Indian journal of veterinary science and animal husbandry - Volumes 18-21, 1948-1951
Year: 1948
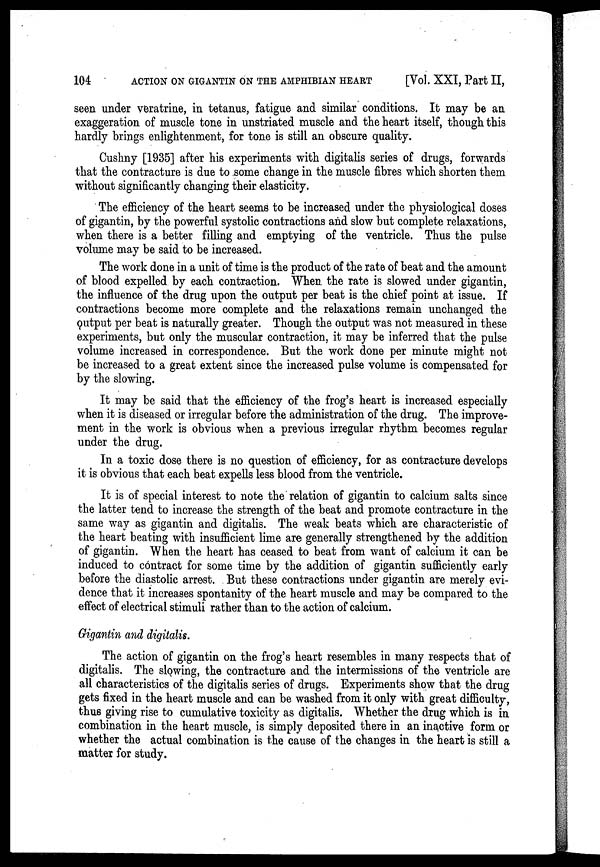
104
ACTION ON GIGANTIN ON THE AMPHIBIAN HEART
[Vol. XXI, Part II,
seen under veratrine, in tetanus, fatigue and similar conditions. It may be an
exaggeration of muscle tone in unstriated muscle and the heart itself, though this
hardly brings enlightenment, for tone is still an obscure quality.
Cushny [1935] after his experiments with digitalis series of drugs, forwards
that the contracture is due to some change in the muscle fibres which shorten them
without significantly changing their elasticity.
The efficiency of the heart seems to be increased under the physiological doses
of gigantin, by the powerful systolic contractions and slow but complete relaxations,
when there is a better filling and emptying of the ventricle. Thus the pulse
volume may be said to be increased.
The work done in a unit of time is the product of the rate of beat and the amount
of blood expelled by each contraction. When the rate is slowed under gigantin,
the influence of the drug upon the output per beat is the chief point at issue. If
contractions become more complete and the relaxations remain unchanged the
output per beat is naturally greater. Though the output was not measured in these
experiments, but only the muscular contraction, it may be inferred that the pulse
volume increased in correspondence. But the work done per minute might not
be increased to a great extent since the increased pulse volume is compensated for
by the slowing.
It may be said that the efficiency of the frog's heart is increased especially
when it is diseased or irregular before the administration of the drug. The improve-
ment in the work is obvious when a previous irregular rhythm becomes regular
under the drug.
In a toxic dose there is no question of efficiency, for as contracture develops
it is obvious that each beat expells less blood from the ventricle.
It is of special interest to note the relation of gigantin to calcium salts since
the latter tend to increase the strength of the beat and promote contracture in the
same way as gigantin and digitalis. The weak beats which are characteristic of
the heart beating with insufficient lime are generally strengthened by the addition
of gigantin. When the heart has ceased to beat from want of calcium it can be
induced to contract for some time by the addition of gigantin sufficiently early
before the diastolic arrest. But these contractions under gigantin are merely evi-
dence that it increases spontanity of the heart muscle and may be compared to the
effect of electrical stimuli rather than to the action of calcium.
Gigantin and digitalis.
The action of gigantin on the frog's heart resembles in many respects that of
digitalis. The slowing, the contracture and the intermissions of the ventricle are
all characteristics of the digitalis series of drugs. Experiments show that the drug
gets fixed in the heart muscle and can be washed from it only with great difficulty,
thus giving rise to cumulative toxicity as digitalis. Whether the drug which is in
combination in the heart muscle, is simply deposited there in an inactive form or
whether the actual combination is the cause of the changes in the heart is still a
matter for study.